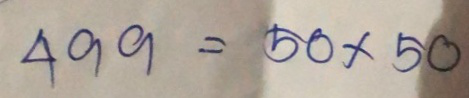
499 = 50 x 50